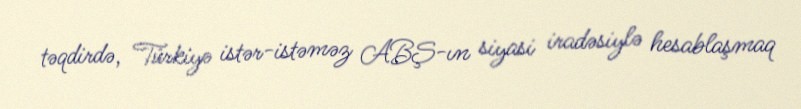
təqdirdə, Türkiyə istər-istəməz ABŞ-ın siyasi iradəsiylə hesablaşmaq